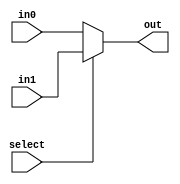
`timescale 1ns / 1ps
//////////////////////////////////////////////////////////////////////////////////
// Company: 
// Engineer: 
// 
// Design Name: 
// Module Name: mux2to1
// Project Name: 
// Target Devices: 
// Tool Versions: 
// Description: 
// 
// Dependencies: 
// 
// Revision:
// Revision 0.01 - File Created
// Additional Comments:
// 
//////////////////////////////////////////////////////////////////////////////////


module mux2to1_data_memory(in0, in1, select, out);

input [4:0] in0;

input [4:0] in1;

input select;

output reg [4:0] out;


always @ (in0, in1, select)

begin

if (select == 0)

out = in0;

else

out = in1;

end

endmodule